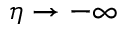
\eta \rightarrow - \infty